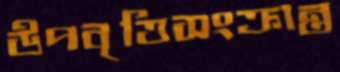
উপবৃত্তিসংক্রান্ত